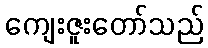
ကျေးဇူးတော်သည်